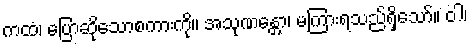
ကထံ၊ ပြောဆိုသောစကားကို။ အသုဏန္တော၊ မကြားရသည်ရှိသော်။ ဝါ၊